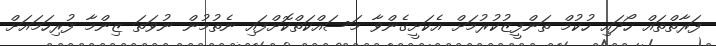
ފަރާތްތައް ހޯދައި ހުކުމް ތަންފީޒުކުރުމަށް އެކަށީގެންވާ މަސައްކަތްކޮށްފައި ނެތުމުން ނުވަތަ ޒިންމާ ފުރިހަމައަށް